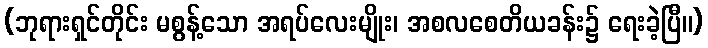
(ဘုရားရှင်တိုင်း မစွန့်သော အရပ်လေးမျိုး၊ အစလစေတိယခန်း၌ ရေးခဲ့ပြီ။)